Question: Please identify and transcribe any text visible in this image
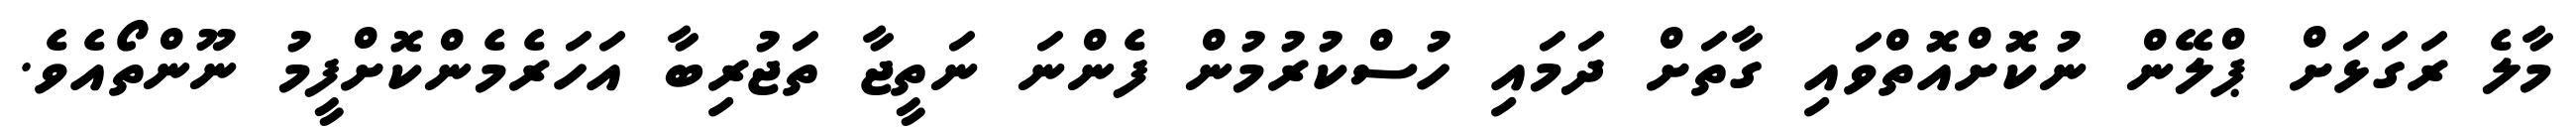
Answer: މާލެ ރަގަޅަށް ޕްލޭން ނުކޮށްއޮތްވައި ގާތަށް ދަމައި ހުސްކުރުމުން ފެންނަ ނަތީޖާ ތަޖުރިބާ އަހަރެމެންކޮށްފީމު ނޫންތޯއެވެ.